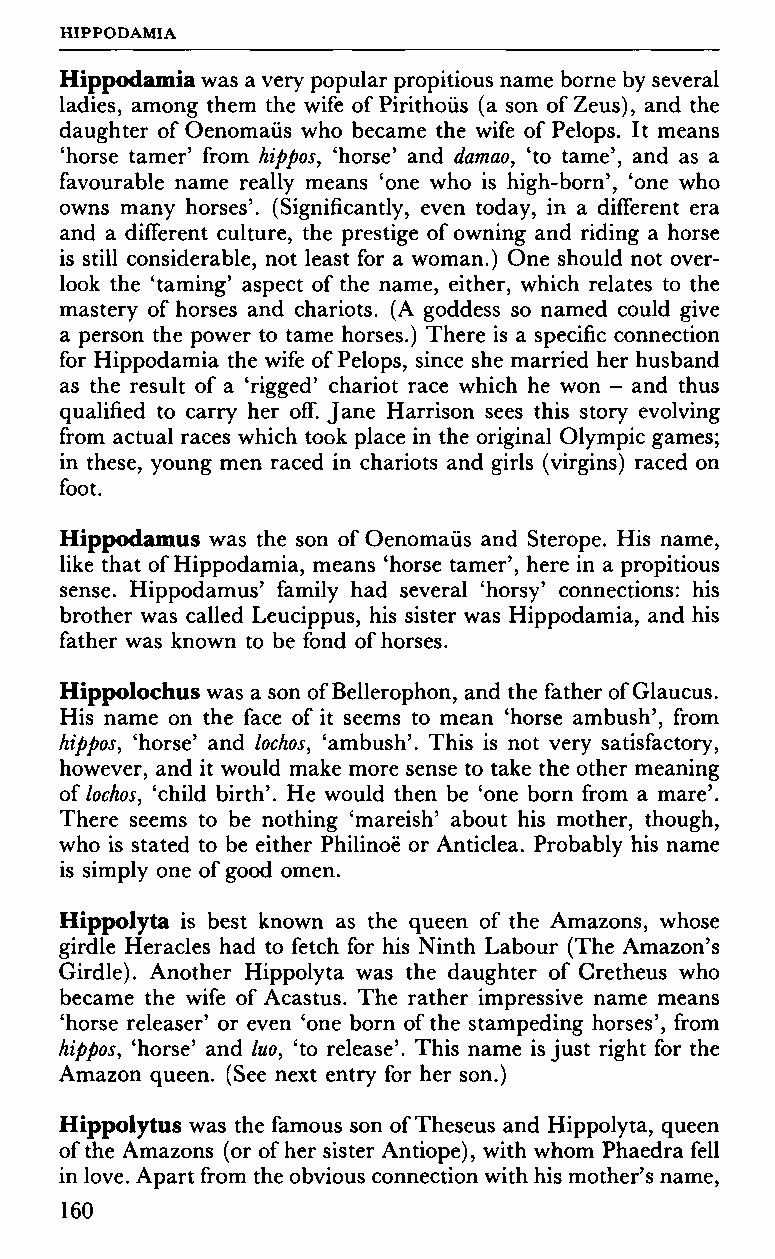
HIPPODAMIA
 Hippodamia was a very popular propitious name borne by several
 ladies, among them the wife of Pirithoüs (a son of Zeus), and the
 daughter of Oenomaüs who became the wife of Pelops. It means
 'horse tamer' from hippos, 'horse' and damao, 'to tame', and as a
 favourable name really means 'one who is high-born', 'one who
 owns many horses'. (Significantly, even today, in a different era
 and a different culture, the prestige of owning and riding a horse
 is still considerable, not least for a woman.) One should not over
 look the 'taming' aspect of the name, either, which relates to the
 mastery of horses and chariots. (A goddess so named could give
 a person the power to tame horses.) There is a specific connection
 for Hippodamia the wife of Pelops, since she married her husband
 as the result of a 'rigged' chariot race which he won - and thus
 qualified to carry her off. Jane Harrison sees this story evolving
 from actual races which took place in the original Olympic games;
 in these, young men raced in chariots and girls (virgins) raced on
 foot.
 Hippodamus was the son of Oenomaüs and Sterope. His name,
 like that of Hippodamia, means 'horse tamer', here in a propitious
 sense. Hippodamus' family had several 'horsy' connections: his
 brother was called Leucippus, his sister was Hippodamia, and his
 father was known to be fond of horses.
 Hippolochus was a son of Bellerophon, and the father of Glaucus.
 His name on the face of it seems to mean 'horse ambush', from
 hippos, 'horse' and lochos, 'ambush'. This is not very satisfactory,
 however, and it would make more sense to take the other meaning
 of lochos, 'child birth'. He would then be 'one born from a mare'.
 There seems to be nothing 'mareish' about his mother, though,
 who is stated to be either Philinoë or Anticlea. Probably his name
 is simply one of good omen.
 Hippolyta is best known as the queen of the Amazons, whose
 girdle Heracles had to fetch for his Ninth Labour (The Amazon's
 Girdle). Another Hippolyta was the daughter of Cretheus who
 became the wife of Acastus. The rather impressive name means
 'horse releaser' or even 'one born of the stampeding horses', from
 hippos, 'horse' and luo, 'to release'. This name is just right for the
 Amazon queen. (See next entry for her son.)
 Hippolytus was the famous son of Theseus and Hippolyta, queen
 of the Amazons (or of her sister Antiope), with whom Phaedra fell
 in love. Apart from the obvious connection with his mother's name,
 160